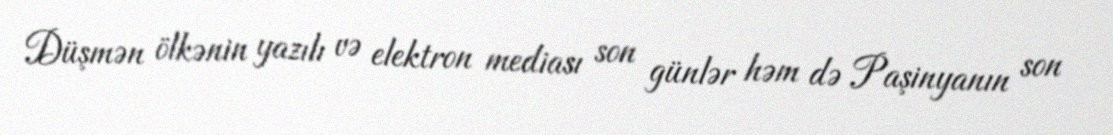
Düşmən ölkənin yazılı və elektron mediası son günlər həm də Paşinyanın son